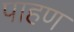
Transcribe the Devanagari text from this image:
पाहण